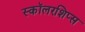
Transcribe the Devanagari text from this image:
स्कॉलरशिप्स